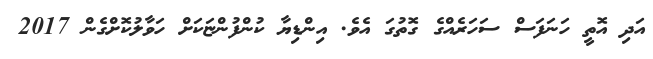
އަދި އޮތީ ހަނަފަސް ސަހަރެއްގެ ގޮތުގަ އެވެ. އިންޑިޔާ ކުންފުންޏަކަށް ހަވާލުކޮށްގެން 2017